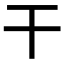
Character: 干